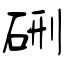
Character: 硎